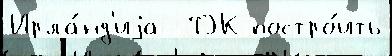
Ирла́нд'иjа  ТЭК постро́ить